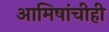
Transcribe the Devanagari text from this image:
आमिषांचीही